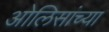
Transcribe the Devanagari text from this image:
ओलिसांच्या